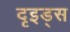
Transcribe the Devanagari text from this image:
दृइड्स